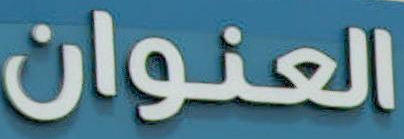
العنوان